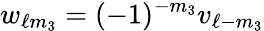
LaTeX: w_{\ell m_{3}}=(-1)^{-m_{3}}v_{\ell-m_{3}}